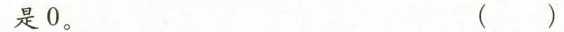
是0。 ()